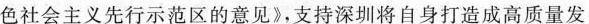
色社会主义先行示范区的意见》，支持深圳将自身打造成高质量发